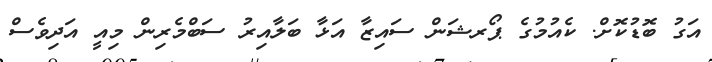
އަގު ބޮޑުކޮށް. ކެއުމުގެ ޕޯރޝަން ސައިޒާ އަޅާ ބަލާއިރު ސަބްމެރިން މިއީ އަދިވެސް